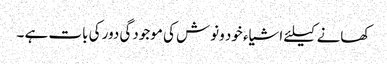
کھانے کیلئے اشیاء خود ونوش کی موجودگی دور کی بات ہے ۔